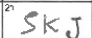
Transcription: SKJ